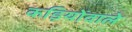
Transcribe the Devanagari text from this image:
कड़ियोंवाले